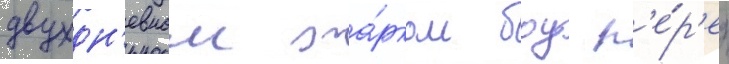
двухдн'евном жа́рком боу п'е́р'ед